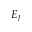
E _ { f }